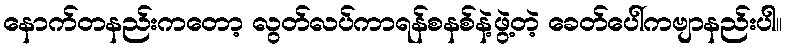
နောက်တနည်းကတော့ လွတ်လပ်ကာရန်စနစ်နဲ့ဖွဲ့တဲ့ ခေတ်ပေါ်ကဗျာနည်းပါ။